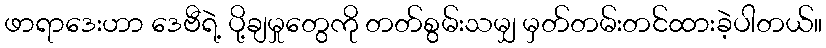
ဖာရာဒေးဟာ ဒေဗီရဲ့ ပို့ချမှုတွေကို တတ်စွမ်းသမျှ မှတ်တမ်းတင်ထားခဲ့ပါတယ်။